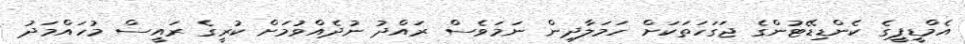
އެމްޑީޕީގެ ކެންޑިޑޭޓުންގެ ޖަގަހަތަކަށް ހަމަލާދިން ނަމަވެސް ރައްދު ނުދެއްވުމަށް ކުރީގެ ރައީސް މުހައްމަދު